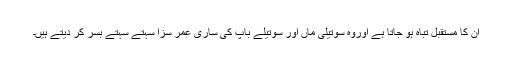
ان کا مستقبل تباہ ہو جاتا ہے اوروہ سوتیلی ماں اور سوتیلے باپ کی ساری عمر سزا سہتے سہتے بسر کر دیتے ہیں۔